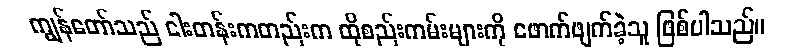
ကျွန်တော်သည် ငါးတန်းကတည်းက ထိုစည်းကမ်းများကို ဖောက်ဖျက်ခဲ့သူ ဖြစ်ပါသည်။